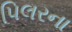
પિલરના